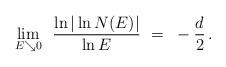
LaTeX: \begin{align*} \underset{E\searrow 0}{{\lim}} ~~ \frac{\ln | \ln N (E)|}{\ln E} ~=~- \frac{d}{2}\,.\end{align*}